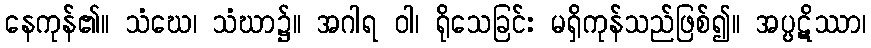
နေကုန်၏။ သံဃေ၊ သံဃာ၌။ အဂါရ ဝါ၊ ရိုသေခြင်း မရှိကုန်သည်ဖြစ်၍။ အပ္ပဋိဿာ၊